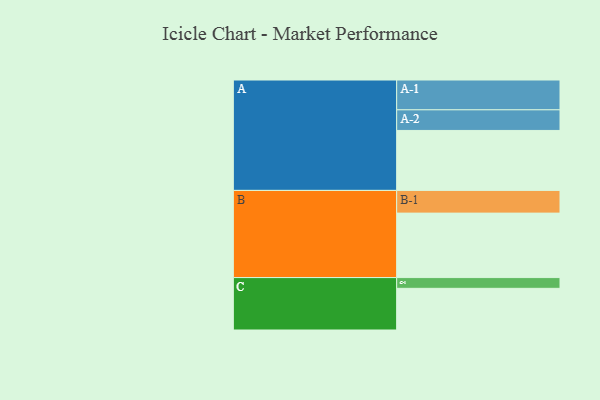
{"axis": {"x": "Segment", "y": "Value"}, "legend": ["", "A", "B", "C"], "data": [{"x": "A", "y": 547, "type": ""}, {"x": "B", "y": 588, "type": ""}, {"x": "C", "y": 380, "type": ""}, {"x": "A-1", "y": 272, "type": "A"}, {"x": "A-2", "y": 188, "type": "A"}, {"x": "B-1", "y": 207, "type": "B"}, {"x": "C-1", "y": 98, "type": "C"}]}